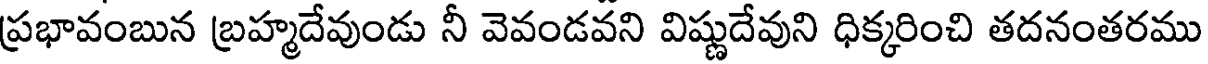
ప్రభావంబున బ్రహ్మదేవుండు నీ వెవండవని విష్ణుదేవుని ధిక్కరించి తదనంతరము